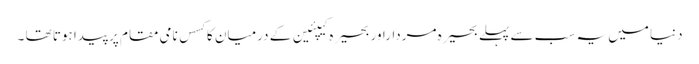
دنیا میں یہ سب سے پہلے بحیرہ مرداراور بحیرہ کیپئین کے درمیان کا کسس نامی مقام پر پیدا ہوتا تھا ۔